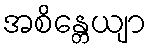
အစိန္တေယျာ